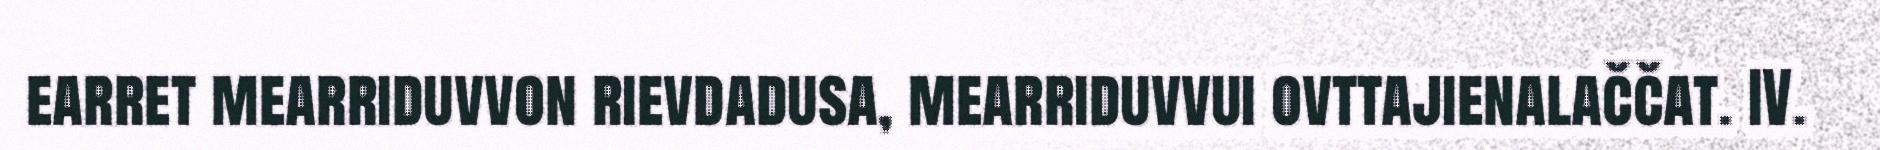
earret mearriduvvon rievdadusa, mearriduvvui ovttajienalaččat. IV.